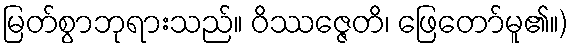
မြတ်စွာဘုရားသည်။ ဝိဿဇ္ဇေတိ၊ ဖြေတော်မူ၏။)